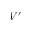
V ^ { \prime }